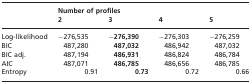
|  | <COLSPAN=4> Number of profiles |
 |  | 2 | 3 | 4 | 5 |
 | --- | --- | --- | --- | --- |
 | Log-likelihood | −276,535 | −276,390 | −276,303 | −276,259 |
 | BIC | 487,280 | 487,032 | 486,942 | 487,032 |
 | BIC adj. | 487,194 | 486,931 | 486,824 | 486,784 |
 | AIC | 487,071 | 486,785 | 486,656 | 486,785 |
 | Entropy | 0.91 | 0.73 | 0.72 | 0.66 |